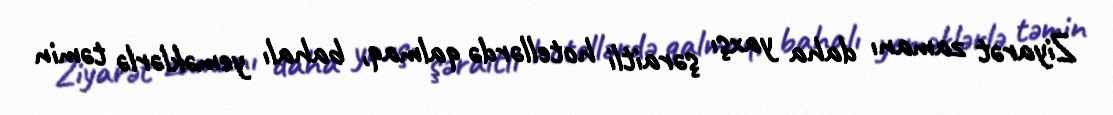
Ziyarət zamanı daha yaxşı şəraitli hotellərdə qalmaq, bahalı yeməklərlə təmin